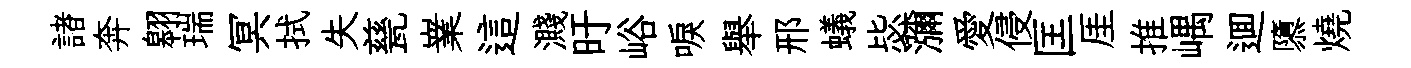
諸奔翱瑞冥拭失甆嶪這濺旴峪唳舉邢蟻毖瀰愛侵匡厓推嵎逥隳燒